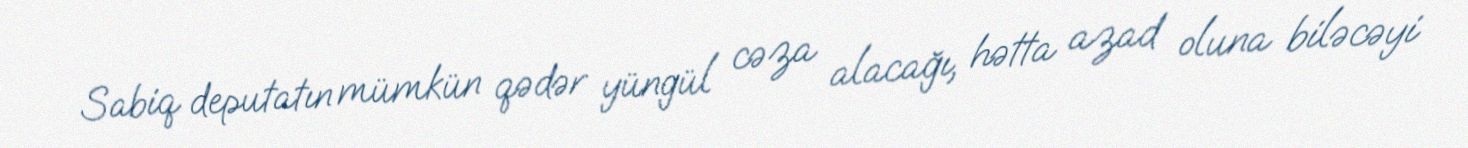
Sabiq deputatın mümkün qədər yüngül cəza alacağı, hətta azad oluna biləcəyi